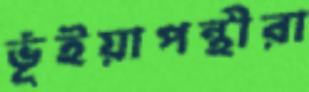
ভূঁইয়াপন্থীরা